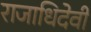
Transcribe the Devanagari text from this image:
राजाधिदेवी